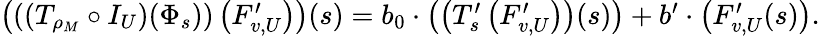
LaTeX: \begin{array}{r}{\left(\left(\left(T_{\rho_{M}}\circ I_{U}\right)(\Phi_{s})\right)\left(F_{v,U}^{\prime}\right)\right)(s)=b_{0}\cdot\left(\left(T_{s}^{\prime}\left(F_{v,U}^{\prime}\right)\right)(s)\right)+b^{\prime}\cdot\left(F_{v,U}^{\prime}(s)\right).}\end{array}